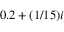
0 . 2 + ( 1 / 1 5 ) i